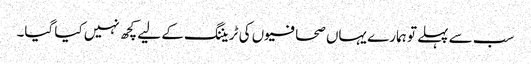
سب سے پہلے تو ہمارے یہاں صحافیوں کی ٹریننگ کے لیے کچھ نہیں کیا گیا۔